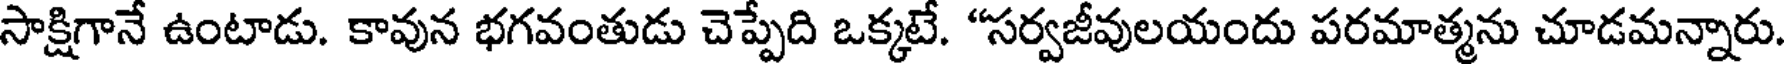
సాక్షిగానే ఉంటాడు. కావున భగవంతుడు చెప్పేది ఒక్కటే. "సర్వజీవులయందు పరమాత్మను చూడమన్నారు.